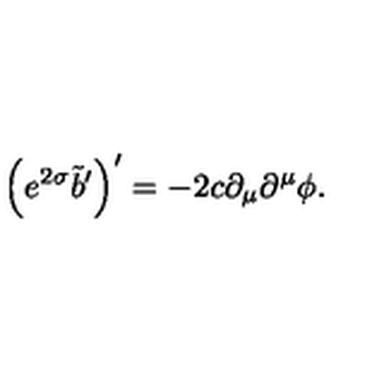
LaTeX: \left( e ^ { 2 \sigma } \tilde { b } ^ { \prime } \right) ^ { \prime } = - 2 c \partial _ { \mu } \partial ^ { \mu } \phi .